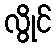
လွိုင်